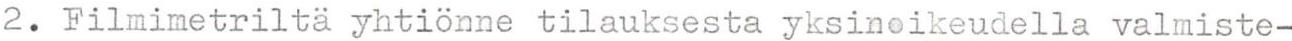
2. Filmimetriltä yhtiönne tilauksesta yksinoikeudella valmiste-